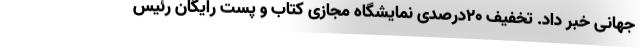
جهانی خبر داد. تخفیف ۲۰درصدی نمایشگاه مجازی کتاب و پست رایگان رئیس